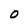
Character: O